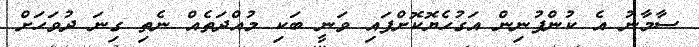
ސާމާނު އެ ކުންފުނިން އަގުހެޔޮކޮށްފައި ވަނީ ބަކި މުއްދަތެއް ނެތި ގިނަ ދުވަހަށް